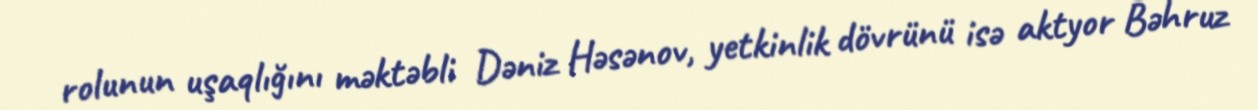
rolunun uşaqlığını məktəbli Dəniz Həsənov, yetkinlik dövrünü isə aktyor Bəhruz